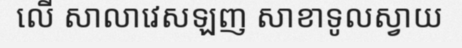
លើ សាលាវេសឡញ សាខាទូលស្វាយ